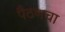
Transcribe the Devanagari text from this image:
पैठणचा